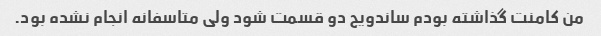
من کامنت گذاشته بودم ساندویج دو قسمت شود ولی متاسفانه انجام نشده بود.